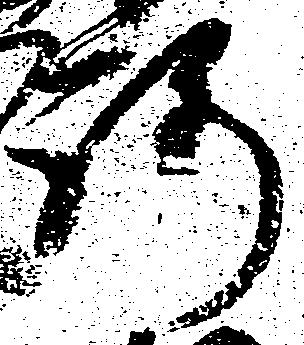
路